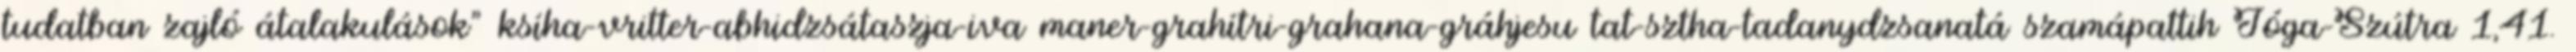
tudatban zajló átalakulások" ksíha-vritter-abhidzsátaszja-iva maner-grahítri-grahana-gráhjesu tat-sztha-tadanydzsanatá szamápattih Jóga-Szútra 1,41.